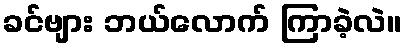
ခင်ဗျား ဘယ်လောက် ကြာခဲ့လဲ။